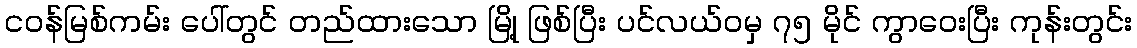
ငဝန်မြစ်ကမ်း ပေါ်တွင် တည်ထားသော မြို့ ဖြစ်ပြီး ပင်လယ်ဝမှ ၇၅ မိုင် ကွာဝေးပြီး ကုန်းတွင်း